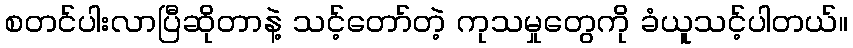
စတင်ပါးလာပြီဆိုတာနဲ့ သင့်တော်တဲ့ ကုသမှုတွေကို ခံယူသင့်ပါတယ်။